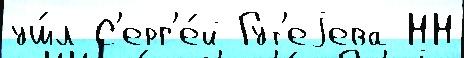
уш́л С'ерг'е́й Гут'еjева НН